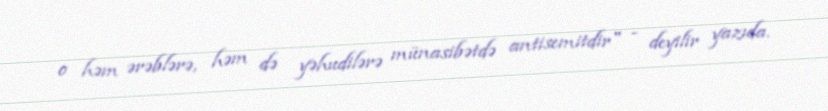
o həm ərəblərə, həm də yəhudilərə münasibətdə antisemitdir" - deyilir yazıda.